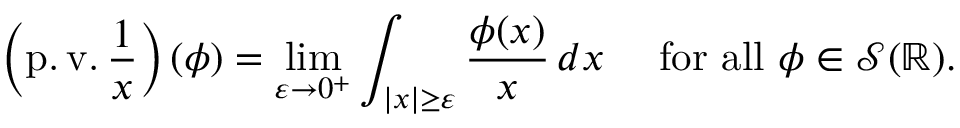
\left( \operatorname { p . v . } { \frac { 1 } { x } } \right) ( \phi ) = \operatorname* { l i m } _ { \varepsilon \to 0 ^ { + } } \int _ { | x | \geq \varepsilon } { \frac { \phi ( x ) } { x } } \, d x \quad { \mathrm { ~ f o r ~ a l l ~ } } \phi \in { \mathcal { S } } ( \mathbb { R } ) .